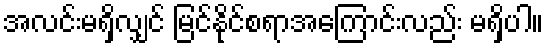
အလင်းမရှိလျှင် မြင်နိုင်စရာအကြောင်းလည်း မရှိပါ။